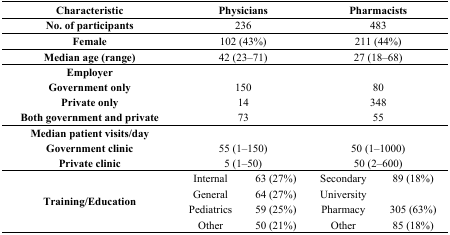
<table><thead><tr><td><b>Characteristic</b></td><td colspan="2"><b>Physicians</b></td><td colspan="2"><b>Pharmacists</b></td></tr></thead><tbody><tr><td><b>No. of participants</b></td><td colspan="2">236</td><td colspan="2">483</td></tr><tr><td><b>Female</b></td><td colspan="2">102 (43%)</td><td colspan="2">211 (44%)</td></tr><tr><td><b>Median age (range)</b></td><td colspan="2">42 (23–71)</td><td colspan="2">27 (18–68)</td></tr><tr><td><b>Employer</b></td><td colspan="2"></td><td colspan="2"></td></tr><tr><td><b>Government only</b></td><td colspan="2">150</td><td colspan="2">80</td></tr><tr><td><b>Private only</b></td><td colspan="2">14</td><td colspan="2">348</td></tr><tr><td><b>Both government and private</b></td><td colspan="2">73</td><td colspan="2">55</td></tr><tr><td><b>Median patient visits/day</b></td><td colspan="2"></td><td colspan="2"></td></tr><tr><td><b>Government clinic</b></td><td colspan="2">55 (1–150)</td><td colspan="2">50 (1–1000)</td></tr><tr><td><b>Private clinic</b></td><td colspan="2">5 (1–50)</td><td colspan="2">50 (2–600)</td></tr><tr><td rowspan="4"><b>Training/Education </b></td><td>Internal</td><td>63 (27%)</td><td>Secondary</td><td>89 (18%)</td></tr><tr><td>General</td><td>64 (27%)</td><td>University</td><td></td></tr><tr><td>Pediatrics</td><td>59 (25%)</td><td>Pharmacy</td><td>305 (63%)</td></tr><tr><td>Other</td><td>50 (21%)</td><td>Other</td><td>85 (18%)</td></tr></tbody></table>